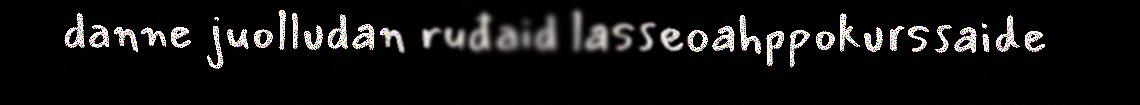
danne juolludan ruđaid lasseoahppokurssaide